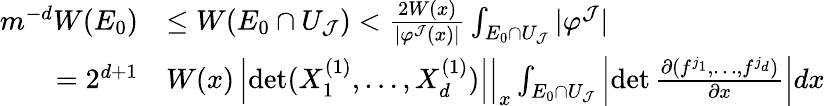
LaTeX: \begin{array}{rl}{m^{-d}W(E_{0})}&{\leq W(E_{0}\cap U_{\mathcal J})<\frac{2W(x)}{|\varphi^{\mathcal J}(x)|}\int_{E_{0}\cap U_{\mathcal J}}|\varphi^{\mathcal J}|}\\ {=2^{d+1}}&{W(x)\left|\operatorname*{det}(X_{1}^{(1)},\ldots,X_{d}^{(1)})\right|\Big|_{x}\int_{E_{0}\cap U_{\mathcal J}}\left|\operatorname*{det}\frac{\partial(f^{j_{1}},\ldots,f^{j_{d}})}{\partial x}\right|dx}\end{array}